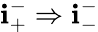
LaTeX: \mathbf{i}_{+}^{-}\Rightarrow\mathbf{i}_{-}^{-}